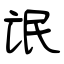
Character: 氓